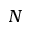
N